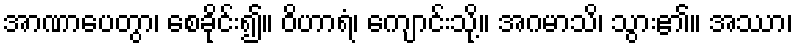
အာဏာပေတွာ၊ စေခိုင်း၍။ ဝိဟာရံ၊ ကျောင်းသို့။ အဂမာသိ၊ သွား၏။ အဿာ၊